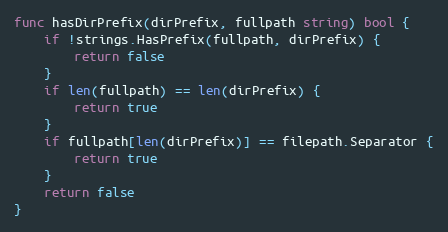
Language: Go
func hasDirPrefix(dirPrefix, fullpath string) bool {
	if !strings.HasPrefix(fullpath, dirPrefix) {
		return false
	}
	if len(fullpath) == len(dirPrefix) {
		return true
	}
	if fullpath[len(dirPrefix)] == filepath.Separator {
		return true
	}
	return false
}